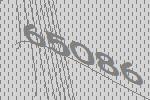
65086